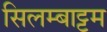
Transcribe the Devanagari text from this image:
सिलम्बाट्टम